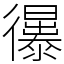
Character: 忁